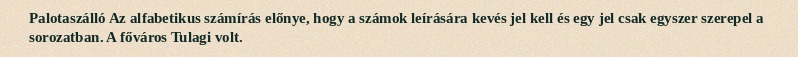
Palotaszálló Az alfabetikus számírás előnye, hogy a számok leírására kevés jel kell és egy jel csak egyszer szerepel a sorozatban. A főváros Tulagi volt.